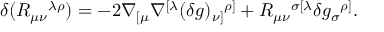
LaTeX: \delta ( R _ { \mu \nu } { } ^ { \lambda \rho } ) = - 2 \nabla _ { [ \mu } \nabla ^ { [ \lambda } ( \delta g ) _ { \nu ] } { } ^ { \rho ] } + R _ { \mu \nu } { } ^ { \sigma [ \lambda } \delta g _ { \sigma } { } ^ { \rho ] } { } .